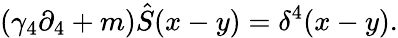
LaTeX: (\gamma_{4}\partial_{4}+m)\hat{S}(x-y)=\delta^{4}(x-y).